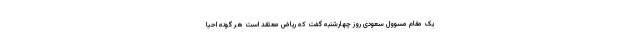
یک مقام مسوول سعودی روز چهارشنبه گفت که ریاض معتقد است هر گونه احیا